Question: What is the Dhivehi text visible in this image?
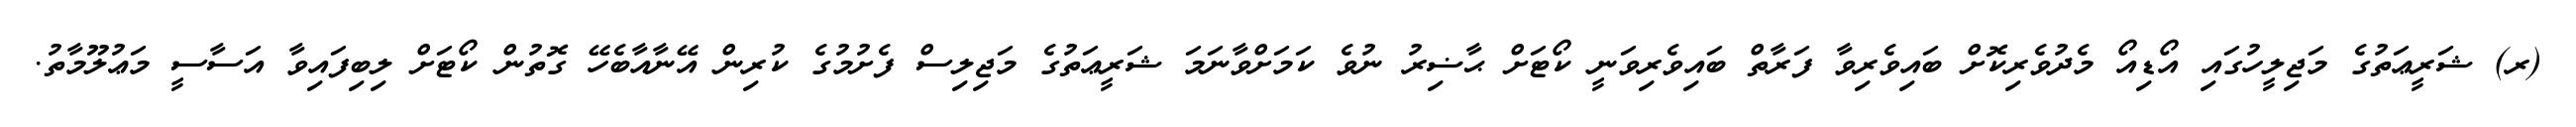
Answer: (ރ) ޝަރީޢަތުގެ މަޖިލީހުގައި އޯޑިއޯ މެދުވެރިކޮށް ބައިވެރިވާ ފަރާތް ބައިވެރިވަނީ ކޯޓަށް ޙާޟިރު ނުވެ ކަމަށްވާނަމަ ޝަރީޢަތުގެ މަޖިލިސް ފެށުމުގެ ކުރިން އޭނާއާބެހޭ ގޮތުން ކޯޓަށް ލިބިފައިވާ އަސާސީ މަޢުލޫމާތު.